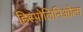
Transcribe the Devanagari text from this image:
हिस्पोलिनिओला